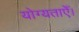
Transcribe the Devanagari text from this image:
योग्यताएँ।